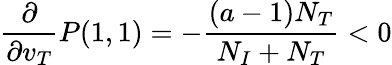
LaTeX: \frac{\partial}{\partial v_{T}}P(1,1)=-\frac{(a-1)N_{T}}{N_{I}+N_{T}}<0